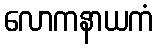
လောကနာယကံ